Rangoon Lunatic Asylum 1893-1897 - 1893-1897
Year: 1893
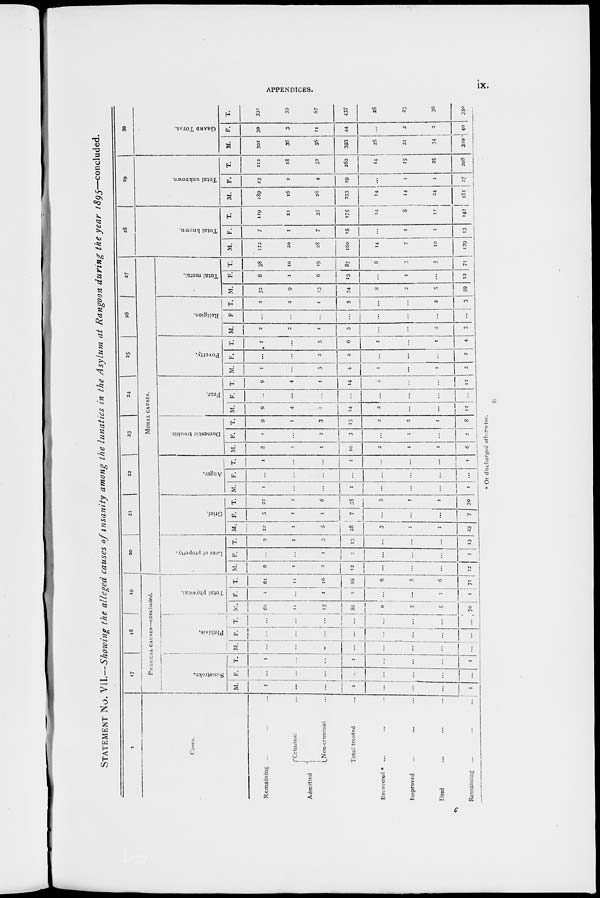
APPENDICES.
ix.
STATEMENT NO. VII.—Showing the alleged causes of insanity among the lunatics in the Asylum at Rangoon during the year 1895—concluded.
1
Cases.
Remaining ... ... ...
Admitted
Criminal ...
Non-criminal ...
Total treated ...
Recovered * ... ... ...
Improved ... ... ...
Died ... ... ...
Remaining
...
...
...
17
18
19
PHYSICAL CAUSES—concluded.
Sunstroke.
M.
1
...
...
1
...
...
...
1
F.
...
...
...
...
...
...
...
...
T.
1
...
...
1
...
...
...
1
Phthisis.
M.
...
...
...
...
...
...
...
...
F.
...
...
...
...
...
...
...
...
T.
...
...
...
...
...
...
...
...
Total physical.
M.
60
11
15
86
6
5
5
70
F.
1
...
1
2
...
...
1
1
T.
61
11
16
88
6
5
6
71
20
21
22
23
24
25
26
27
MORAL CAUSES.
Loss of property.
M.
9
1
2
12
...
...
...
12
F.
...
...
1
1
...
...
...
1
T.
9
1
3
13
...
...
...
13
Grief.
M.
22
1
5
28
3
1
1
23
F.
5
1
1
7
...
...
...
7
T.
27
2
6
35
3
1
1
30
Anger.
M.
1
...
...
1
...
...
...
1
F.
...
...
...
...
...
...
...
...
T.
1
...
...
1
...
...
...
1
Domestic trouble.
M.
8
1
1
10
2
1
1
6
F.
1
...
2
3
...
1
...
2
T.
9
1
3
13
2
2
1
8
Fear.
M.
9
4
1
14
2
...
...
12
F.
...
...
1
...
...
...
...
...
T.
9
4
...
14
2
...
...
12
Poverty.
M.
1
...
3
4
1
...
1
2
F.
...
...
2
2
...
...
...
2
T.
1
...
5
6
1
...
1
4
Religion.
M.
2
2
1
5
...
...
2
3
F.
...
...
...
...
...
...
...
...
T.
2
2
1
5
...
...
2
3
Total moral.
M.
52
9
13
74
8
2
5
59
F.
6
1
6
13
...
1
...
12
T.
58
10
19
87
8
3
5
71
28
Total known.
M.
112
20
28
160
14
7
10
129
F.
7
1
7
15
...
1
1
13
T.
119
21
35
175
14
8
11
142
29
Total unknown.
M.
189
16
28
233
14
14
24
181
F.
23
2
4
29
...
1
1
27
T.
312
18
32
262
14
15
25
208
30
GRAND TOTAL.
M.
301
36
56
393
28
21
34
310
F.
30
3
11
44
...
2
2
40
T.
331
39
67
437
28
23
36
350
* Or discharged otherwise.
C